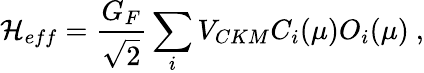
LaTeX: {\cal H}_{eff}=\frac{G_{F}}{\sqrt 2}\sum_{i}V_{CKM}C_{i}(\mu)O_{i}(\mu)\ ,